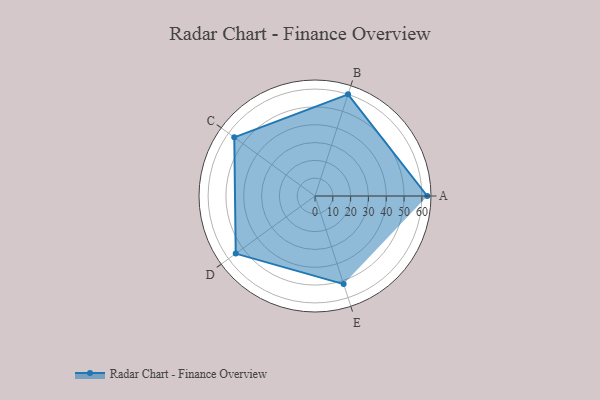
{"axis": {"x": "Skill", "y": "Score"}, "legend": ["Profile"], "data": [{"x": "A", "y": 63.0, "type": "Profile"}, {"x": "B", "y": 60.0, "type": "Profile"}, {"x": "C", "y": 56.0, "type": "Profile"}, {"x": "D", "y": 55.0, "type": "Profile"}, {"x": "E", "y": 52.0, "type": "Profile"}]}